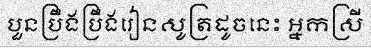
បួនប្រឹងប្រឹងរៀនសូត្រដូចនេះ អ្នកស្រី